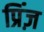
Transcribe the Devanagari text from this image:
प्रिंज़